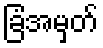
ခြံအမှတ်